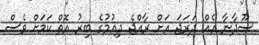
ސޫދާނާ އެއް ދަރަޖަ އަށް ރާއްޖެ ދިއުމުގެ ބިރު އޮތް ކަމަށް ވެސް